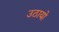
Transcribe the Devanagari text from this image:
उठायो